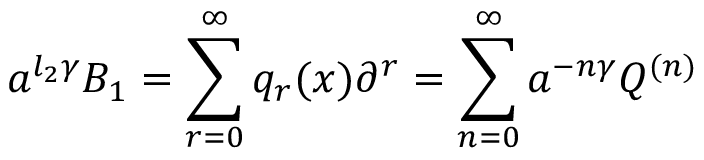
a ^ { l _ { 2 } \gamma } B _ { 1 } = \sum _ { r = 0 } ^ { \infty } q _ { r } ( x ) \partial ^ { r } = \sum _ { n = 0 } ^ { \infty } a ^ { - n \gamma } Q ^ { ( n ) }